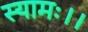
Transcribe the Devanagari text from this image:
स्यामः।।